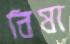
বিষা